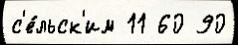
с'е́льск'им 11 60 90